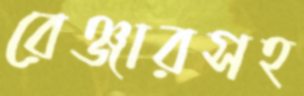
রেঞ্জারসহ